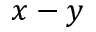
x - y